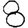
Digit: 8